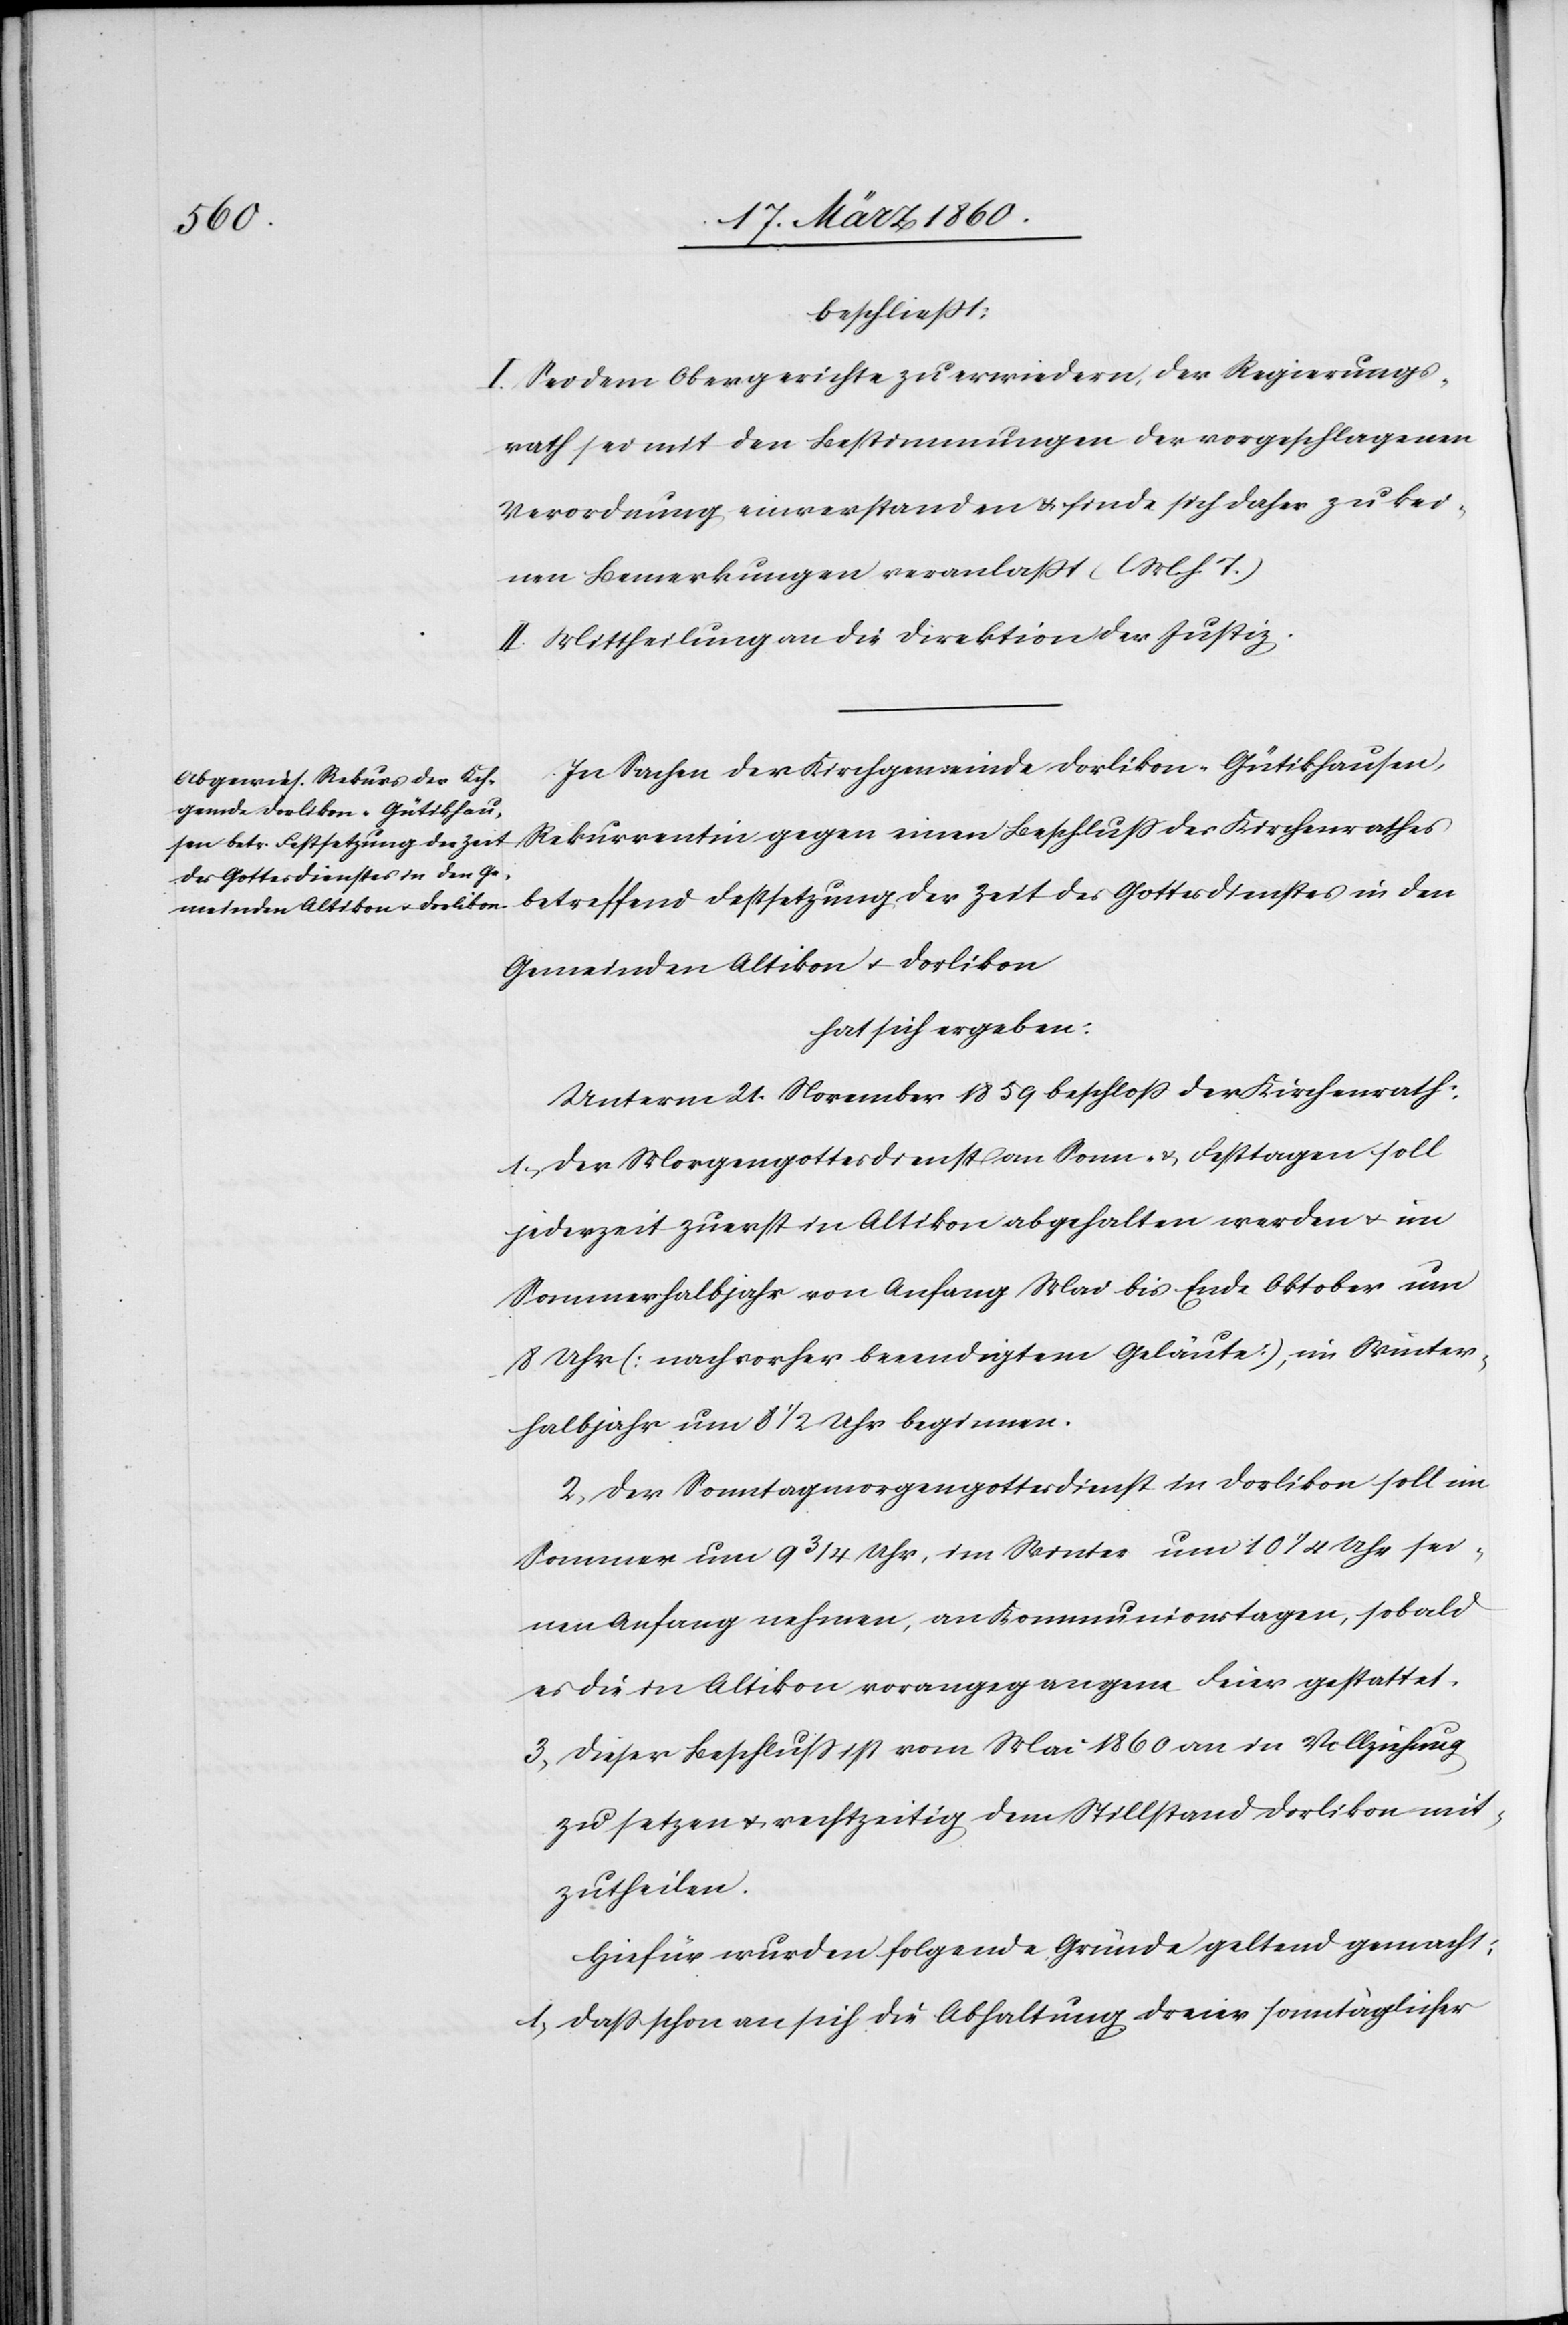
beschliesst:
I. Sei dem Obergerichte zu erwidern, der Regierungs¬
rath sei mit den Bestimmungen der vorgeschlagenen
Verordnung einverstanden u. finde sich daher zu kei¬
nen Bemerkungen veranlasst. [l. M. h. T]
II. Mittheilung an die Direktion der Justiz.
In Sachen der Kirchgemeinde Dorlikon-Gütikhausen,
Rekurrentin gegen einen Beschluss des Kirchenrathes
betreffend Festsetzung der Zeit des Gottesdienstes in den
Gemeinden Altikon u. Dorlikon
hat sich ergeben:
Unterm 21. November 1859 beschloss der Kirchenrath:
1. Der Morgengottesdienst an Sonn- u. Festtagen soll
jederzeit zuerst in Altikon abgehalten werden u. im
Sommerhalbjahr von Anfang Mai bis Ende Oktober um
8 Uhr [nach vorher beendigtem Geläute], im Winter¬
halbjahr um 8 1/2 Uhr beginnen.
2. Der Sonntagsmorgengottesdienst in Dorlikon soll im
Sommer um 9 3/4 Uhr, im Winter um 10 1/4 Uhr sei¬
nen Anfang nehmen, an Kommunionstagen, sobald
es die in Altikon vorangegangene Feier gestattet.
3. Dieser Beschluss ist vom Mai 1860 an in Vollziehung
zu setzen u. rechtzeitig dem Stillstand Dorlikon mit¬
zutheilen.
Hiefür wurden folgende Gründe geltend gemacht:
1. Dass schon an sich die Abhaltung dreier sonntäglicher